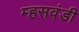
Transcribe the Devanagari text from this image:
म्हसवंडी